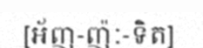
[អ័ញ-ញ៉ៈ-ទិត]